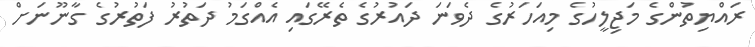
ރައްޔިތުންގެ މަޖިލީހުގެ މިއަހަރުގެ ދެވަނަ ދައުރުގެ ތެރޭގައި އެއްގަމު ދަތުރު ފަތުރުގެ ގާނޫނަށް